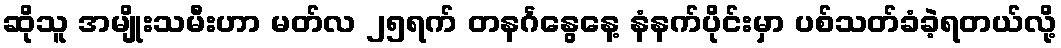
ဆိုသူ အမျိုးသမီးဟာ မတ်လ ၂၅ရက် တနင်္ဂနွေနေ့ နံနက်ပိုင်းမှာ ပစ်သတ်ခံခဲ့ရတယ်လို့